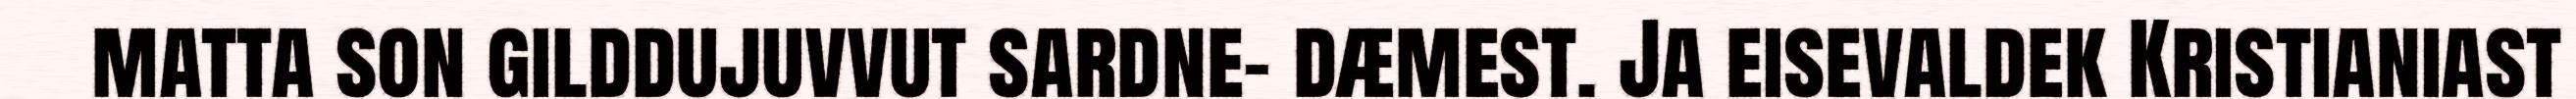
matta son gilddujuvvut sardne- dæmest. Ja eisevaldek Kristianiast